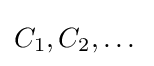
C_{1},C_{2},\dots